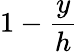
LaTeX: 1-{\frac{y}{h}}